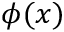
\phi ( x )